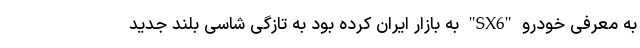
به معرفی خودرو "SX6" به بازار ایران کرده بود به تازگی شاسی بلند جدید